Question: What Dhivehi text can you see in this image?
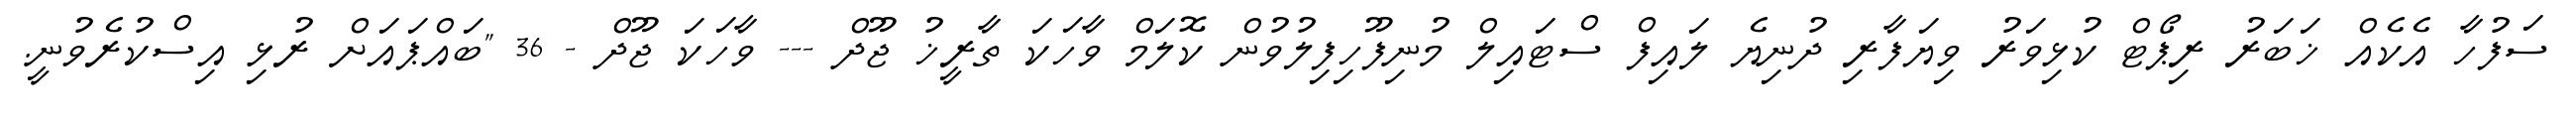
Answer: ސަފުހާ އެކެއް ޚަބަރު ރިޕޯޓް ކުޅިވަރު ވިޔަފާރި ދުނިޔެ ލައިފް ސްޓައިލް މުނިފޫހިފިލުވުން ކޮލަމް ވާހަކަ ތާރީޚު ޖޫދް --- ވާހަކަ ޖޫދް - 36 "ބައްޕައަށް ރުޅި އިސްކުރެވުނީ.